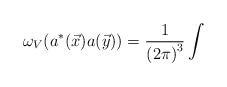
\begin{align*}\omega _{V}(a^{*}(\vec{x})a(\vec{y}))=\frac{1}{\left( 2\pi \right) ^{3}}\int\end{align*}